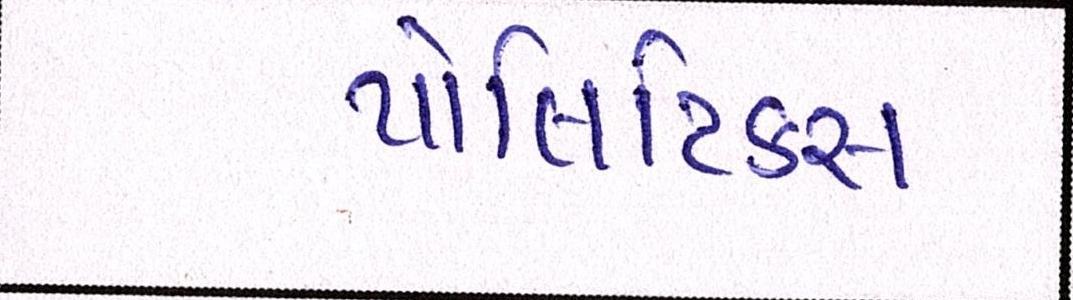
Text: પોલિટિકસ